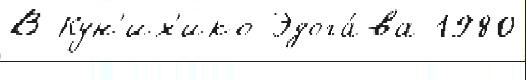
В Кун'их'ико Эдога́ва 1980